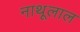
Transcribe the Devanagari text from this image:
नाथूलाल